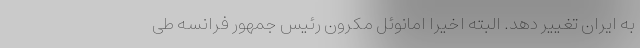
به ایران تغییر دهد. البته اخیرا امانوئل مکرون رئیس جمهور فرانسه طی